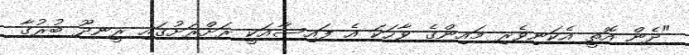
"ދެން އޮތީ އެކަނިވެރި މައިންގެ ވާހަކަ އެ ފައިސާއަކީ ރަށްރަށުގައި ރީނދޫ ބުރުގާ